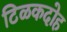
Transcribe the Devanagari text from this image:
टिळकदोह